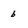
Character: b